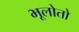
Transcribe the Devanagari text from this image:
भूलोतो